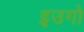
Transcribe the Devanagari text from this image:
इउगो